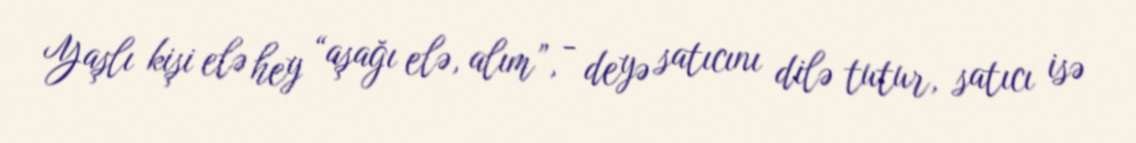
Yaşlı kişi elə hey “aşağı elə, alım”, - deyə satıcını dilə tutur, satıcı isə